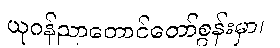
ယုဂန်ညာတောင်တော်စွန်းမှာ၊